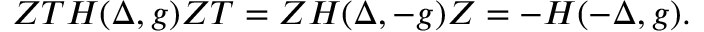
Z T H ( \Delta , g ) Z T = Z H ( \Delta , - g ) Z = - H ( - \Delta , g ) .